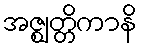
အဇ္ဈတ္တိကာနိ